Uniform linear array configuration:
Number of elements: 64
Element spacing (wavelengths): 0.25
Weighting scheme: uniform
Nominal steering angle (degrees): -30
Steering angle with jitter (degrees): -28.729
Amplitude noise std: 0.05
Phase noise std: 0.05

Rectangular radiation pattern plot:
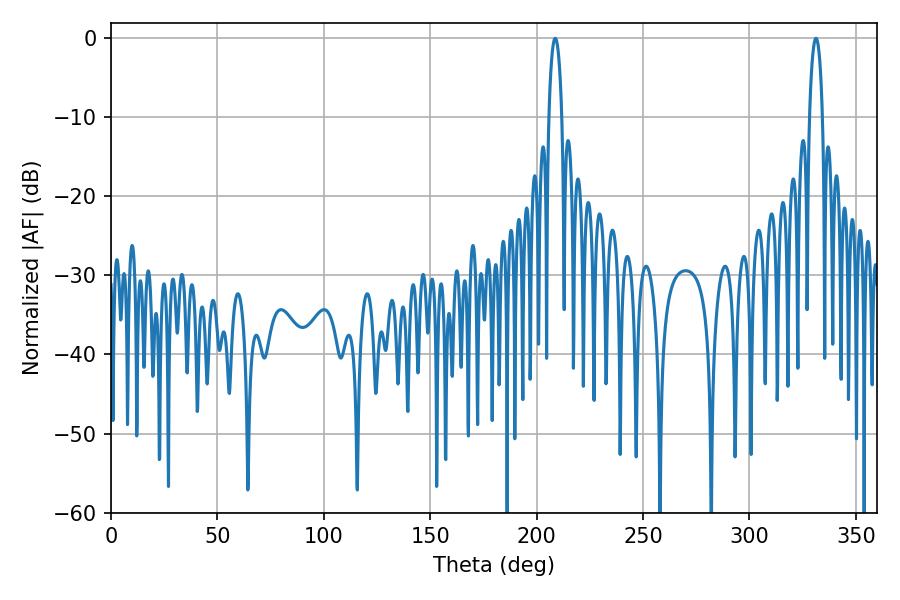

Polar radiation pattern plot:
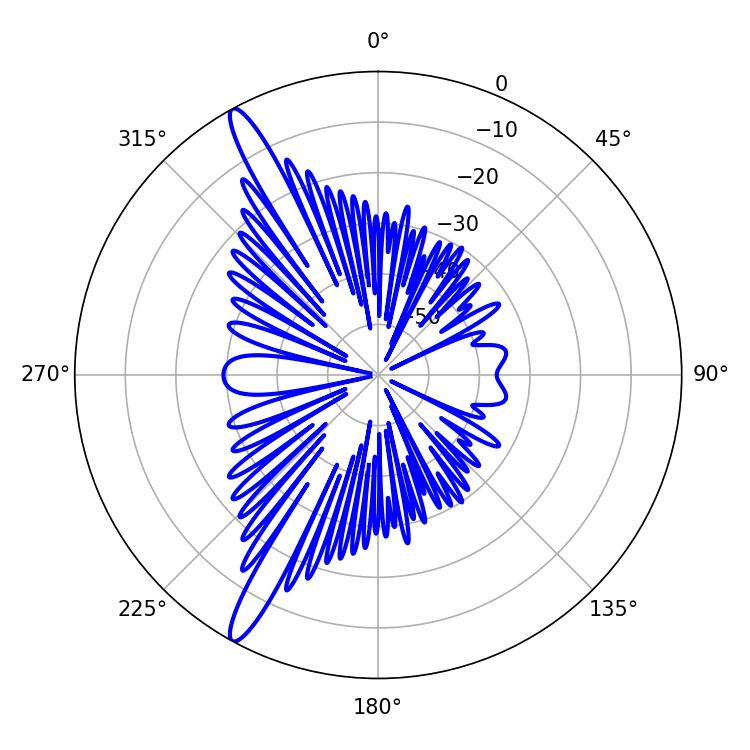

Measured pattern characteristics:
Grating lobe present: FALSE
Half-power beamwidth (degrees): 3.42
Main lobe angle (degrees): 208.8